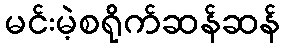
မင်းမဲ့စရိုက်ဆန်ဆန်